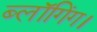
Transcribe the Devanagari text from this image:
ब्लॉगिंग।